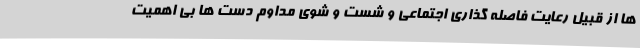
ها از قبیل رعایت فاصله گذاری اجتماعی و شست و شوی مداوم دست ها بی اهمیت